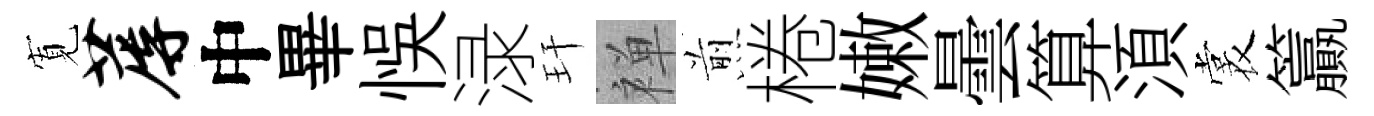
𡩖蓐中畢悞渌玕禅煎棬嫩曇算湏裳籯